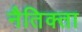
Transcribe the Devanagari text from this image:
नैतिक्ता